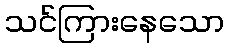
သင်ကြားနေသော